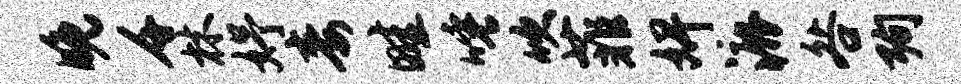
晚千林妤毒畦唾吹菲婢漉咎殉